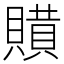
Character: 𧷻